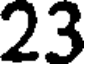
23